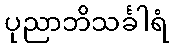
ပုညာဘိသင်္ခါရံ